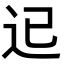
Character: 𨑓